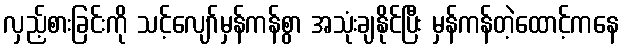
လှည့်စားခြင်းကို သင့်လျော်မှန်ကန်စွာ အသုံးချနိုင်ပြီး မှန်ကန်တဲ့ထောင့်ကနေ